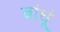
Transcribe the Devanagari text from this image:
बांधूं